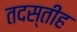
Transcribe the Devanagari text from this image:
तदस्तीह